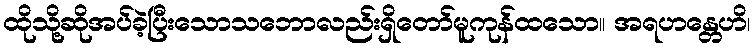
ထိုသို့ဆိုအပ်ခဲ့ပြီးသောသဘောလည်းရှိတော်မူကုန်ထသော။ အရဟန္တေဟိ၊